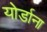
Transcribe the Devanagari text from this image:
योर्डाना